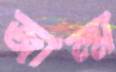
জাল্ম